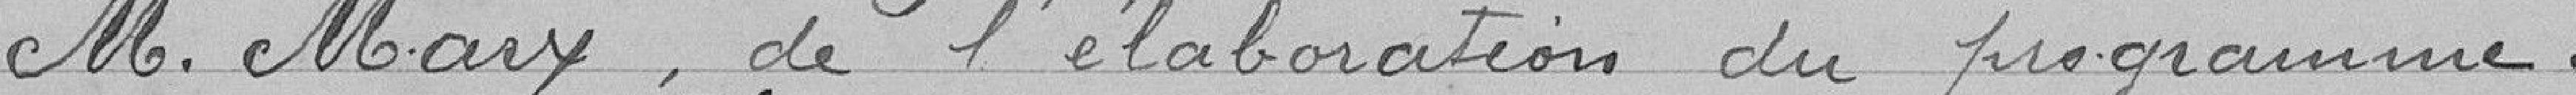
M. Marx, de l'élaboration du programme.